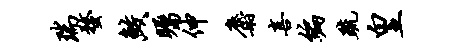
瑞蝥鲛瞩伸麝喜编疏皇